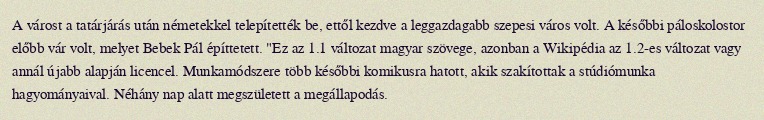
A várost a tatárjárás után németekkel telepítették be, ettől kezdve a leggazdagabb szepesi város volt. A későbbi páloskolostor előbb vár volt, melyet Bebek Pál építtetett. "Ez az 1.1 változat magyar szövege, azonban a Wikipédia az 1.2-es változat vagy annál újabb alapján licencel. Munkamódszere több későbbi komikusra hatott, akik szakítottak a stúdiómunka hagyományaival. Néhány nap alatt megszületett a megállapodás.